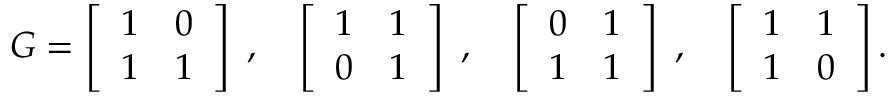
G = \left[ \begin{array} { c c } { 1 } & { 0 } \\ { 1 } & { 1 } \end{array} \right] \; , \quad \left[ \begin{array} { c c } { 1 } & { 1 } \\ { 0 } & { 1 } \end{array} \right] \; , \quad \left[ \begin{array} { c c } { 0 } & { 1 } \\ { 1 } & { 1 } \end{array} \right] \; , \quad \left[ \begin{array} { c c } { 1 } & { 1 } \\ { 1 } & { 0 } \end{array} \right] .